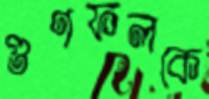
গুণফলকে